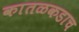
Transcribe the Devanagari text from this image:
कातळकडाच